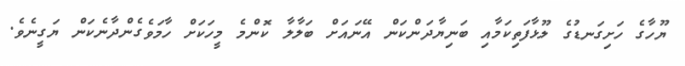
ޔޫހާގެ ހަށިގަނޑުގެ ލޫޅާފަތިކަމާއި ބަނިޔާދަންކަން އޭނައަށް ބަލާލާ ކޮންމެ މީހަކަށް ހާމަވެގެންދާނެކަން ޔަގީނެވެ.